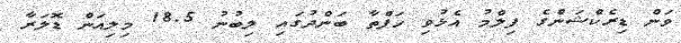
ވަން ޑިރެކްޝަންގެ ފިލްމު އެޅުވި ހަފްތާ ބަންދުގައި ލިބުނު 18.5 މިލިއަން ޑޮލަރާ